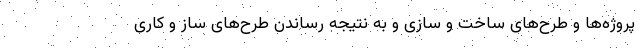
پروژه‌ها و طرح‌های ساخت و سازی و به نتیجه رساندن طرح‌های ساز و کاری